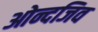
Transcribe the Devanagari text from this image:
ओन्दजिव